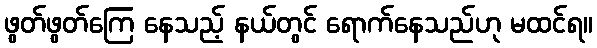
ဖွတ်ဖွတ်ကြေ နေသည့် နယ်တွင် ရောက်နေသည်ဟု မထင်ရ။